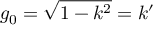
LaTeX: g _ { 0 } = { \sqrt { 1 - k ^ { 2 } } } = k ^ { \prime }